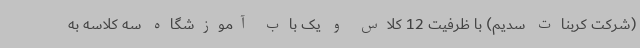
(شرکت کربنات سدیم) با ظرفیت 12 کلاس و یک باب آموزشگاه سه کلاسه به